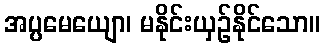
အပ္ပမေယျော၊ မနိုင်းယှဉ်နိုင်သော။